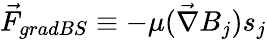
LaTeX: \vec{F}_{gradBS}\equiv-\mu(\vec{\nabla}B_{j})s_{j}